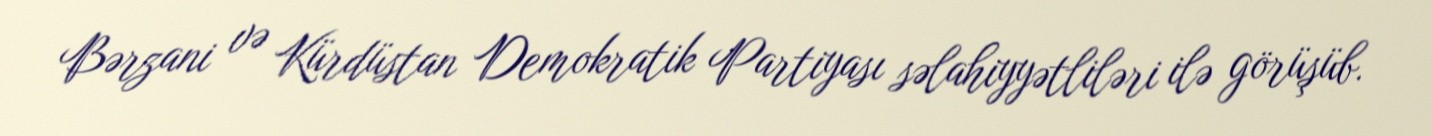
Bərzani və Kürdüstan Demokratik Partiyası səlahiyyətliləri ilə görüşüb.